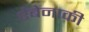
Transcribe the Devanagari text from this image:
ऐबेनाकी